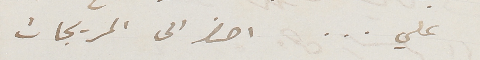
علي... احضر الى المريجات